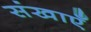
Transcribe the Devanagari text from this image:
संखाएँ